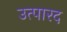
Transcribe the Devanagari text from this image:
उत्पारद